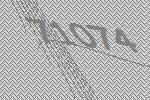
71074